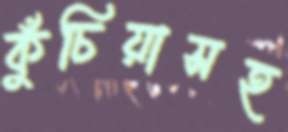
কুঁচিয়াসহ